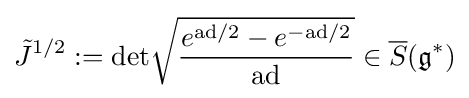
{\tilde {J}}^{1/2}:=\mathrm {det} {\sqrt {\frac {e^{\mathrm {ad} /2}-e^{-\mathrm {ad} /2}}{\mathrm {ad} }}}\in {\overline {S}}({\mathfrak {g}}^{\ast })